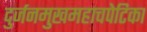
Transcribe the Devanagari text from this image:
दुर्जनमुखमहाचपेटिका